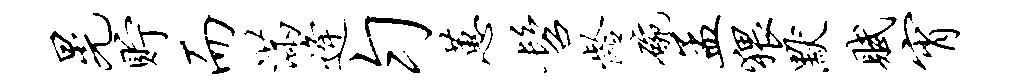
晃贮而满逄匀蕙髫龄碗孟猥默赋宵